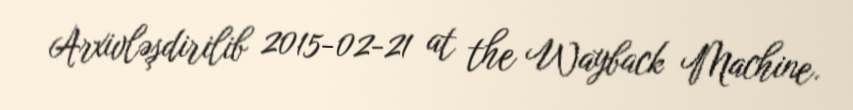
Arxivləşdirilib 2015-02-21 at the Wayback Machine.